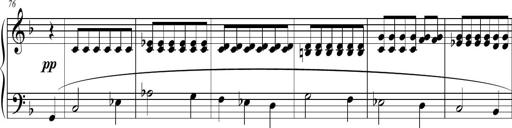
Title: 2 Sonatines faciles et brillantes pour le piano-forte seul
Composer: Carl Czerny